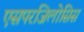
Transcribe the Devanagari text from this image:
एसपरजिलोसिस